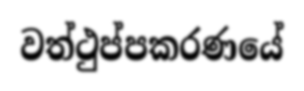
වත්ථුප්පකරණයේ